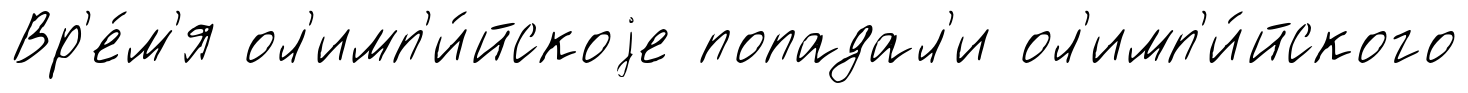
Вр'е́м'я ол'имп'и́йскоjе попадал'и ол'имп'и́йского